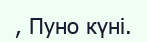
, Пуно күні.